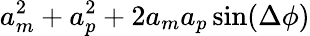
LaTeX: a_{m}^{2}+a_{p}^{2}+2a_{m}a_{p}\sin(\Delta\phi)